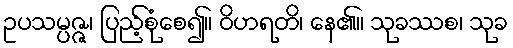
ဥပသမ္ပဇ္ဇ၊ ပြည့်စုံစေ၍။ ဝိဟရတိ၊ နေ၏။ သုခဿစ၊ သုခ